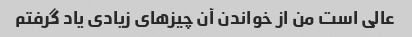
عالی است من از خواندن آن چیزهای زیادی یاد گرفتم